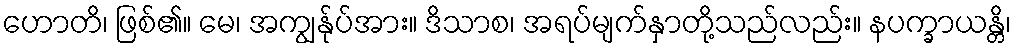
ဟောတိ၊ ဖြစ်၏။ မေ၊ အကျွန်ုပ်အား။ ဒိသာစ၊ အရပ်မျက်နှာတို့သည်လည်း။ နပက္ခာယန္တိ၊